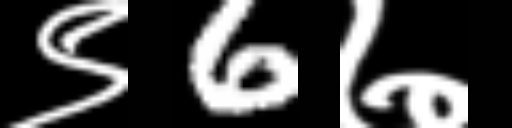
Text: ९6७